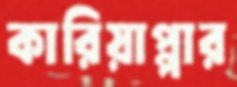
কারিয়াপ্পার